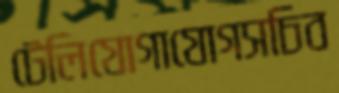
টেলিযোগাযোগসচিব